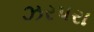
ઝરપરા